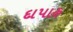
દાપાહ